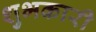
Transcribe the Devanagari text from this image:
शुभकारी